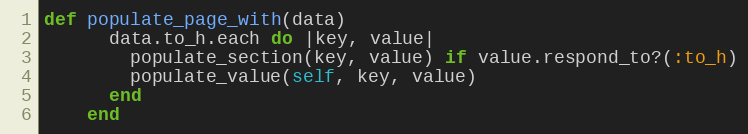
Language: Ruby
def populate_page_with(data)
      data.to_h.each do |key, value|
        populate_section(key, value) if value.respond_to?(:to_h)
        populate_value(self, key, value)
      end
    end